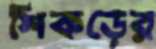
শিকড়ের